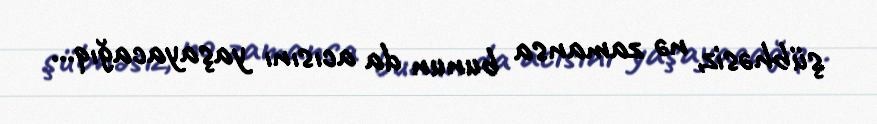
şübhəsiz, nə zamansa bunun da acısını yaşayacağıq...